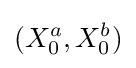
(X_{0}^{a},X_{0}^{b})